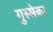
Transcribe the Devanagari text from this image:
गुस्सेका